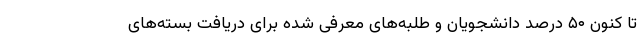
تا کنون ۵۰ درصد دانشجویان و طلبه‌های معرفی شده برای دریافت بسته‌های